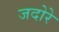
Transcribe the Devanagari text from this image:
जदोरे